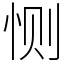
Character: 恻